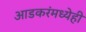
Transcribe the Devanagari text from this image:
आडकरंमध्येही